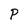
Character: P